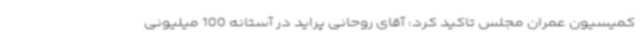
کمیسیون عمران مجلس تاکید کرد: آقای روحانی پراید در آستانه 100 میلیونی